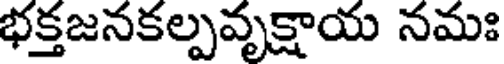
భక్తజనకల్పవృక్షాయ నమః